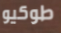
طوكيو